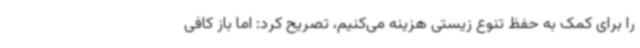
را برای کمک به حفظ تنوع زیستی هزینه می‌کنیم، تصریح کرد: اما باز کافی